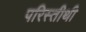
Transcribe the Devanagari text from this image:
परिस्तीथी